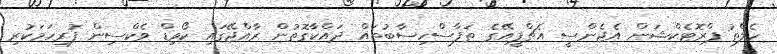
ހެލްތު ޕްރޮޓެކްޝަން އެޖެންސީ އެޗްޕީއޭގެ ތަފާސްހިސާބުތައް ދައްކާގޮތުން ރާއްޖޭގައި ކޯވިޑް ވެކްސިން ފުރިހަމަކުރި